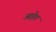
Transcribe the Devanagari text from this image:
आहेेत